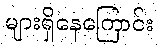
များရှိနေကြောင်း